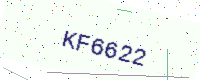
Text: KF6622